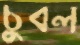
চুবল